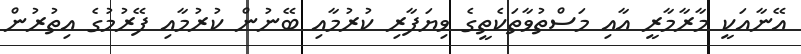
އޭނާއަކީ މާރާމާރީ އާއި މަސްތުވާތަކެތީގެ ވިޔަފާރި ކުރުމާއި ބޭނުން ކުރުމާއި ފޭރުމުގެ އިތުރުން